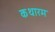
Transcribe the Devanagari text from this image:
कथारम